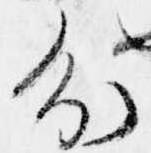
分